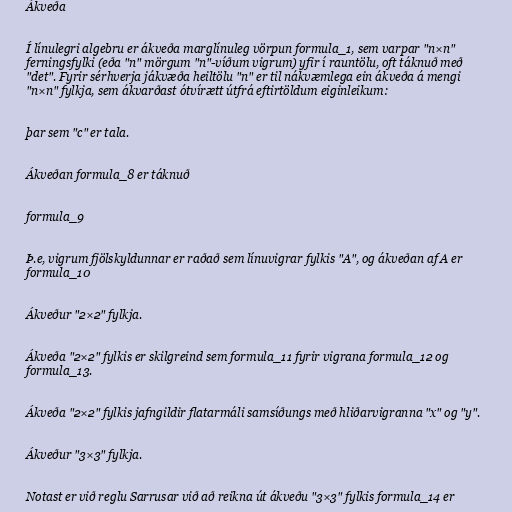
Ákveða

Í línulegri algebru er ákveða marglínuleg vörpun formula_1, sem varpar "n×n"
ferningsfylki (eða "n" mörgum "n"-víðum vigrum) yfir í rauntölu, oft táknuð með
"det". Fyrir sérhverja jákvæða heiltölu "n" er til nákvæmlega ein ákveða á mengi
"n×n" fylkja, sem ákvarðast ótvírætt útfrá eftirtöldum eiginleikum:

þar sem "c" er tala.

Ákveðan formula_8 er táknuð

formula_9

Þ.e, vigrum fjölskyldunnar er raðað sem línuvigrar fylkis "A", og ákveðan af A er
formula_10

Ákveður "2×2" fylkja.

Ákveða "2×2" fylkis er skilgreind sem formula_11 fyrir vigrana formula_12 og
formula_13.

Ákveða "2×2" fylkis jafngildir flatarmáli samsíðungs með hliðarvigranna "x" og "y".

Ákveður "3×3" fylkja.

Notast er við reglu Sarrusar við að reikna út ákveðu "3×3" fylkis formula_14 er